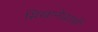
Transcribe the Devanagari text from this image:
सिखानेवाली